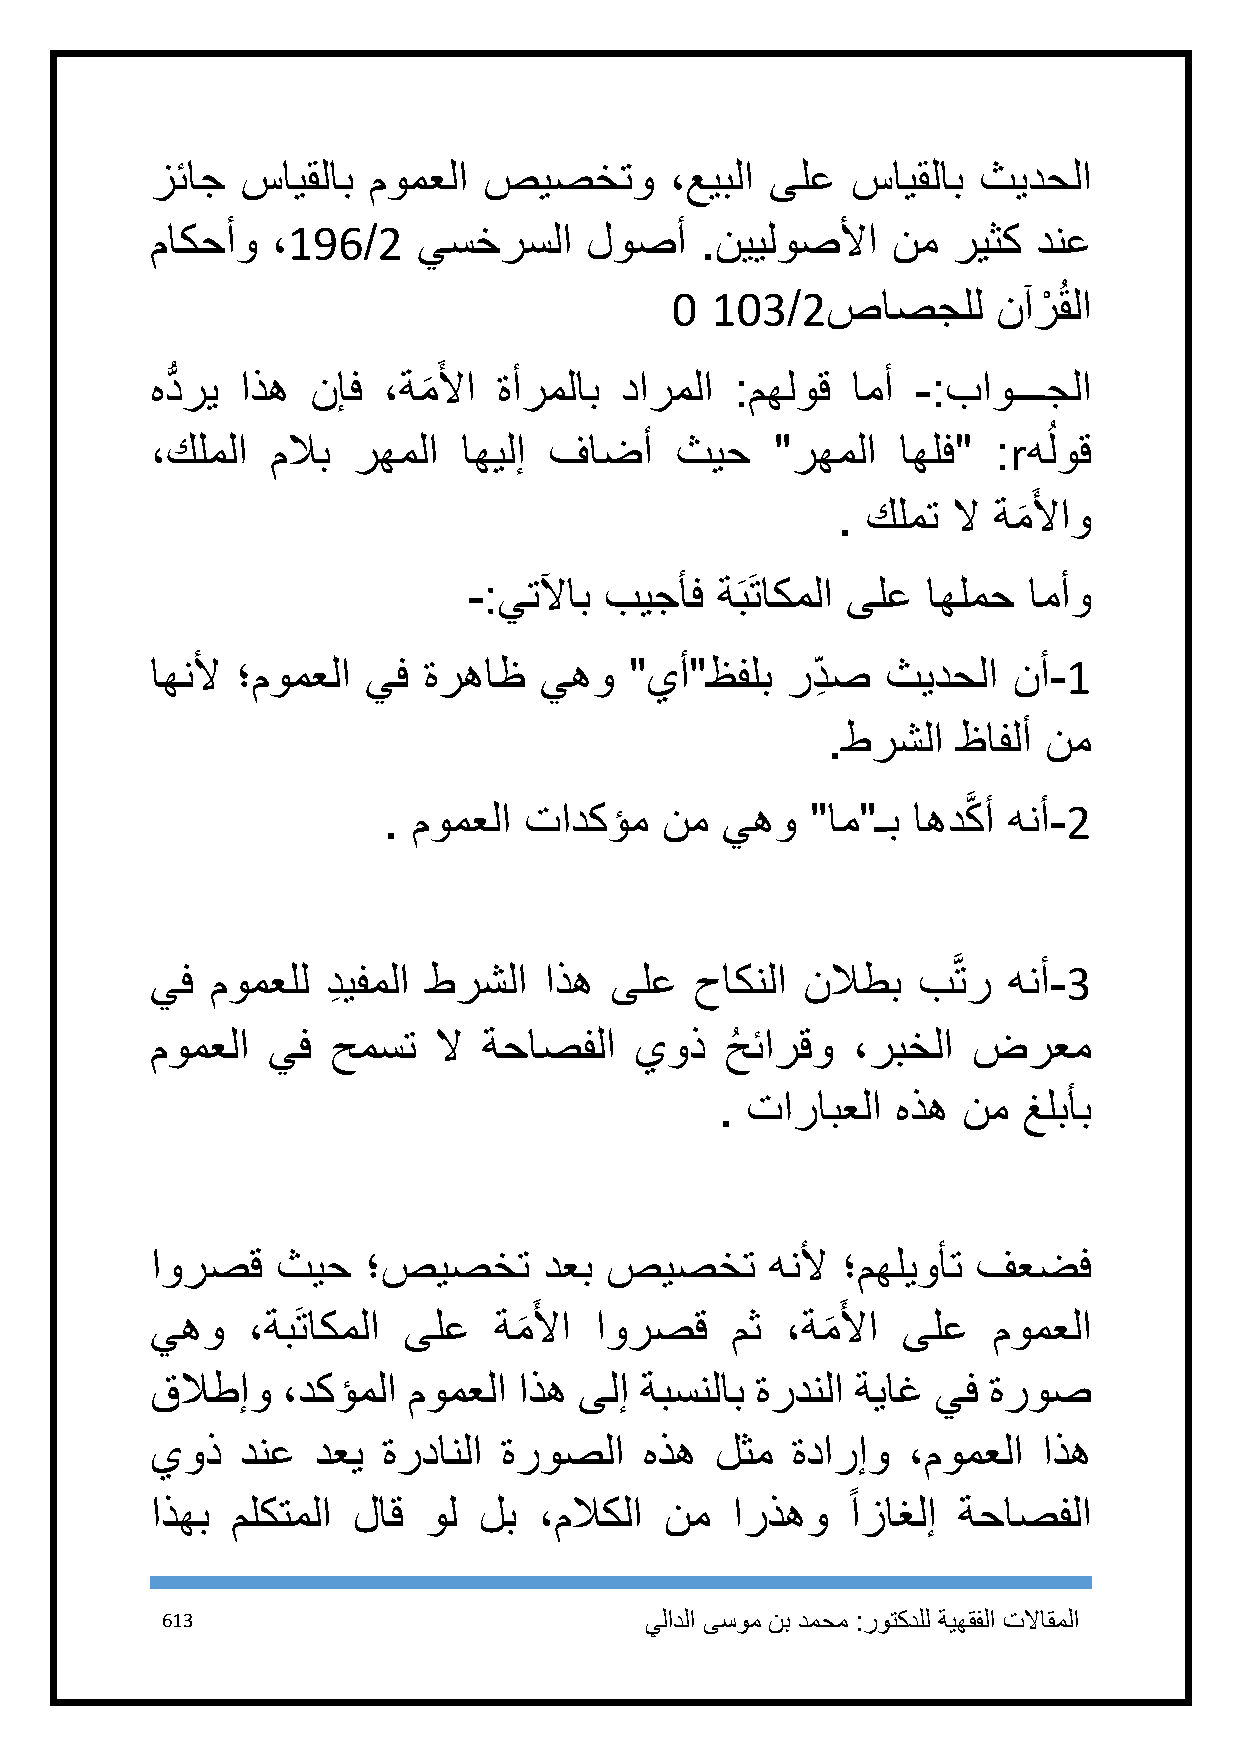
زئاج  سايقلاب مومعلا  صيصختو      ،عيبلا ىلع  سايقلاب  ثيدحلا
 ماكحأو  ،196/2    يسخرسلا    لوصأ   .نييلوصلأا   نم  ريثك  دنع
 1  113/2صاصجلل        نآرْ ُقلا
 َ
 هدُّ ري اذه نإف ،ةملأا ةأرملاب دارملا  :مهلوق امأ  -:باوـــجلا
 َ
 ُ
 ،كلملا  ملاب رهملا   اهيلإ فاضأ    ثيح   "رهملا   اهلف" :rهلوق
 َ
 . كلمت  لا ةملأاو
 َ
 -:يتلآاب بيجأف  ةَبَتاكملا ىلع اهلمح امأو
 اهنلأ ؛مومعلا يف  ةرهاظ   يهو   "يأ"ظفلب  رد ِ ص ثيدحلا  نأ-1
 .طرشلا  ظافلأ نم
 . مومعلا  تادكؤم   نم  يهو   "ام"ـب اهدكَّ أ هنأ-2
 يف  مومعلل  دِ يفملا طرشلا اذه ىلع  حاكنلا نلاطب   بَّتر هنأ-3
 مومعلا  يف  حمست   لا ةحاصفلا   يوذ   حُ ئارقو ،ربخلا ضرعم
 . تارابعلا هذه  نم  غلبأب
 اورصق   ثيح   ؛صيصخت      دعب صيصخت      هنلأ ؛مهليوأت فعضف
 َ                   َ
 يهو   ،ةبَتاكملا ىلع   ةملأا اورصق    مث  ،ةملأا  ىلع   مومعلا
 َ                    َ
 قلاطإو   ،دكؤملا مومعلا اذه ىلإ ةبسنلاب ةردنلا ةياغ يف ةروص
 يوذ   دنع  دعي ةردانلا ةروصلا    هذه لثم  ةدارإو  ،مومعلا  اذه
 ً
 اذهب ملكتملا لاق  ول  لب  ،ملاكلا نم  ارذهو   ازاغلإ ةحاصفلا
 613                             يلادلا ىسوم نب دمحم :روتكدلل ةيهقفلا تلااقملا